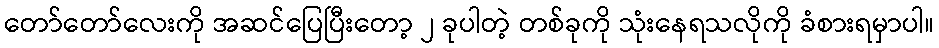
တော်တော်လေးကို အဆင်ပြေပြီးတော့ ၂ ခုပါတဲ့ တစ်ခုကို သုံးနေရသလိုကို ခံစားရမှာပါ။